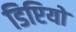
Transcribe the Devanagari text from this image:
डिप्टियों